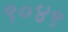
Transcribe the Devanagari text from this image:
९०४९